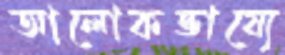
আলোকভাষ্যে